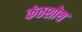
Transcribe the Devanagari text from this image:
कंठशोथ